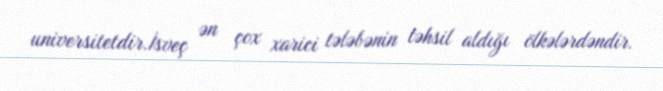
universitetdir.İsveç ən çox xarici tələbənin təhsil aldığı ölkələrdəndir.